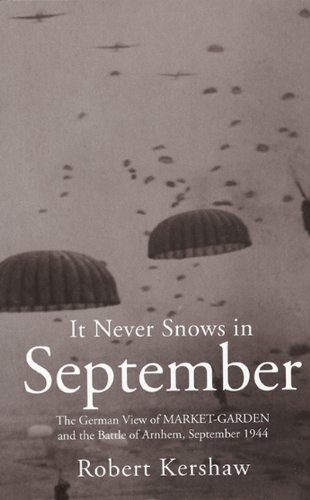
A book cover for IT NEVER SNOWS IN SEPTEMBER: The German View of Market-Garden and the Battle of Arnhem, September 1944; Robert Kershaw; History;